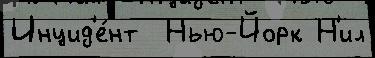
Инцид'е́нт  Нью-Йорк Н'ил